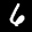
Label: 6